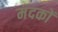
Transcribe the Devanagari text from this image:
मंदकों